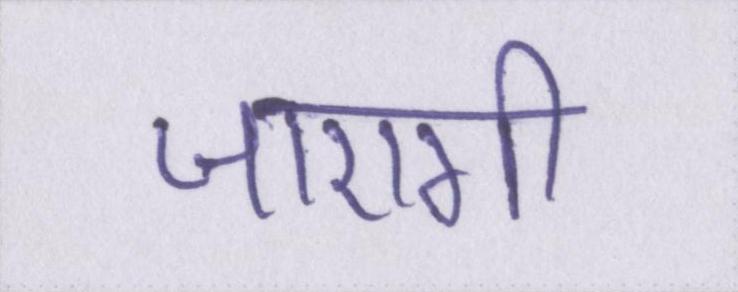
जाएगी